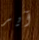
آير